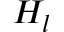
H _ { l }